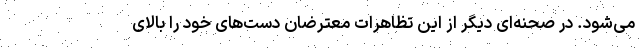
می‌شود. در صحنه‌ای دیگر از این تظاهرات معترضان دست‌های خود را بالای